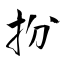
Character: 扮